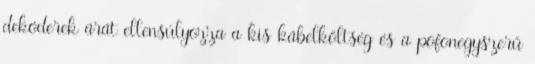
dekóderek árát ellensúlyozza a kis kábelköltség és a pofonegyszerű